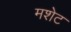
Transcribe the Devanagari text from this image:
मशेट